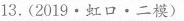
13.(2019·虹口·二模)